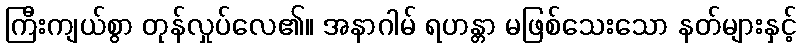
ကြီးကျယ်စွာ တုန်လှုပ်လေ၏။ အနာဂါမ် ရဟန္တာ မဖြစ်သေးသော နတ်များနှင့်